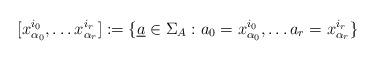
LaTeX: \begin{align*}[x_{\alpha_0}^{i_0},\ldots x_{\alpha_r}^{i_r}]:=\{\underline{a}\in\Sigma_{A} : a_0=x_{\alpha_0}^{i_0},\ldots a_r=x_{\alpha_r}^{i_r}\}\end{align*}